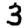
Digit: 3